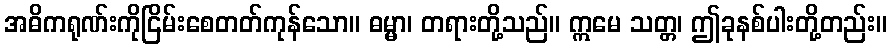
အဓိကရုဏ်းကိုငြိမ်းစေတတ်ကုန်သော။ ဓမ္မာ၊ တရားတို့သည်။ ဣမေ သတ္တ၊ ဤခုနစ်ပါးတို့တည်း။